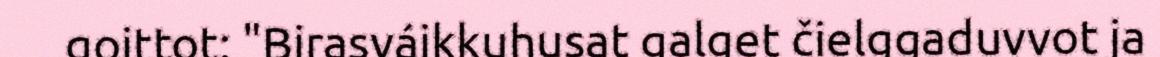
goittot: "Birasváikkuhusat galget čielggaduvvot ja